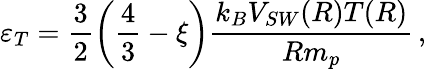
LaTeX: \varepsilon_{T}=\frac{3}{2}\left(\frac{4}{3}-\xi\right)\frac{k_{B}V_{SW}(R)T(R)}{Rm_{p}}\, ,